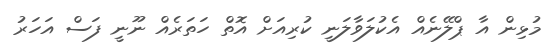
މުޅިން އާ ޕްލޭނެއް އެކުލަވާލަނީ ކުރިއަށް އޮތް ހަތަރެއް ނޫނީ ފަސް އަހަރު